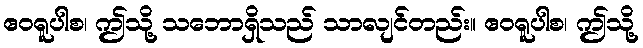
ဧဝရူပါစ၊ ဤသို့ သဘောရှိသည် သာလျင်တည်း။ ဧဝရူပါစ၊ ဤသို့